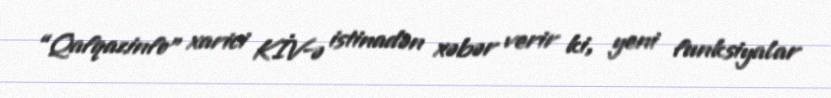
“Qafqazinfo” xarici KİV-ə istinadən xəbər verir ki, yeni funksiyalar